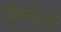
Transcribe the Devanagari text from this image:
होळकरही